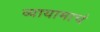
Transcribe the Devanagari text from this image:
व्यायामाचं